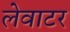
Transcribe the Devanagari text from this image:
लेवाटर